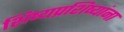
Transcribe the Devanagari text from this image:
शिष्यप्रशिष्यांना